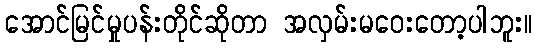
အောင်မြင်မှုပန်းတိုင်ဆိုတာ အလှမ်းမဝေးတော့ပါဘူး။